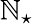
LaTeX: \mathbb{N}_{\star}